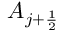
A _ { j + \frac { 1 } { 2 } }